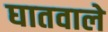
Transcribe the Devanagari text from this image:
घातवाले